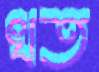
খত